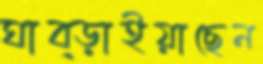
ঘাব্‌ড়াইয়াছেন